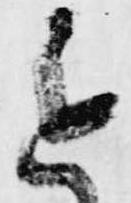
進